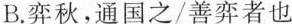
B.弈秋，通国之/善弈者也